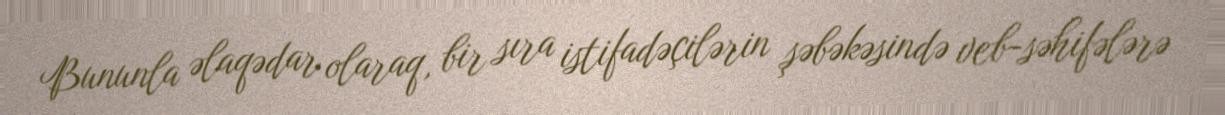
Bununla əlaqədar olaraq, bir sıra istifadəçilərin şəbəkəsində veb-səhifələrə